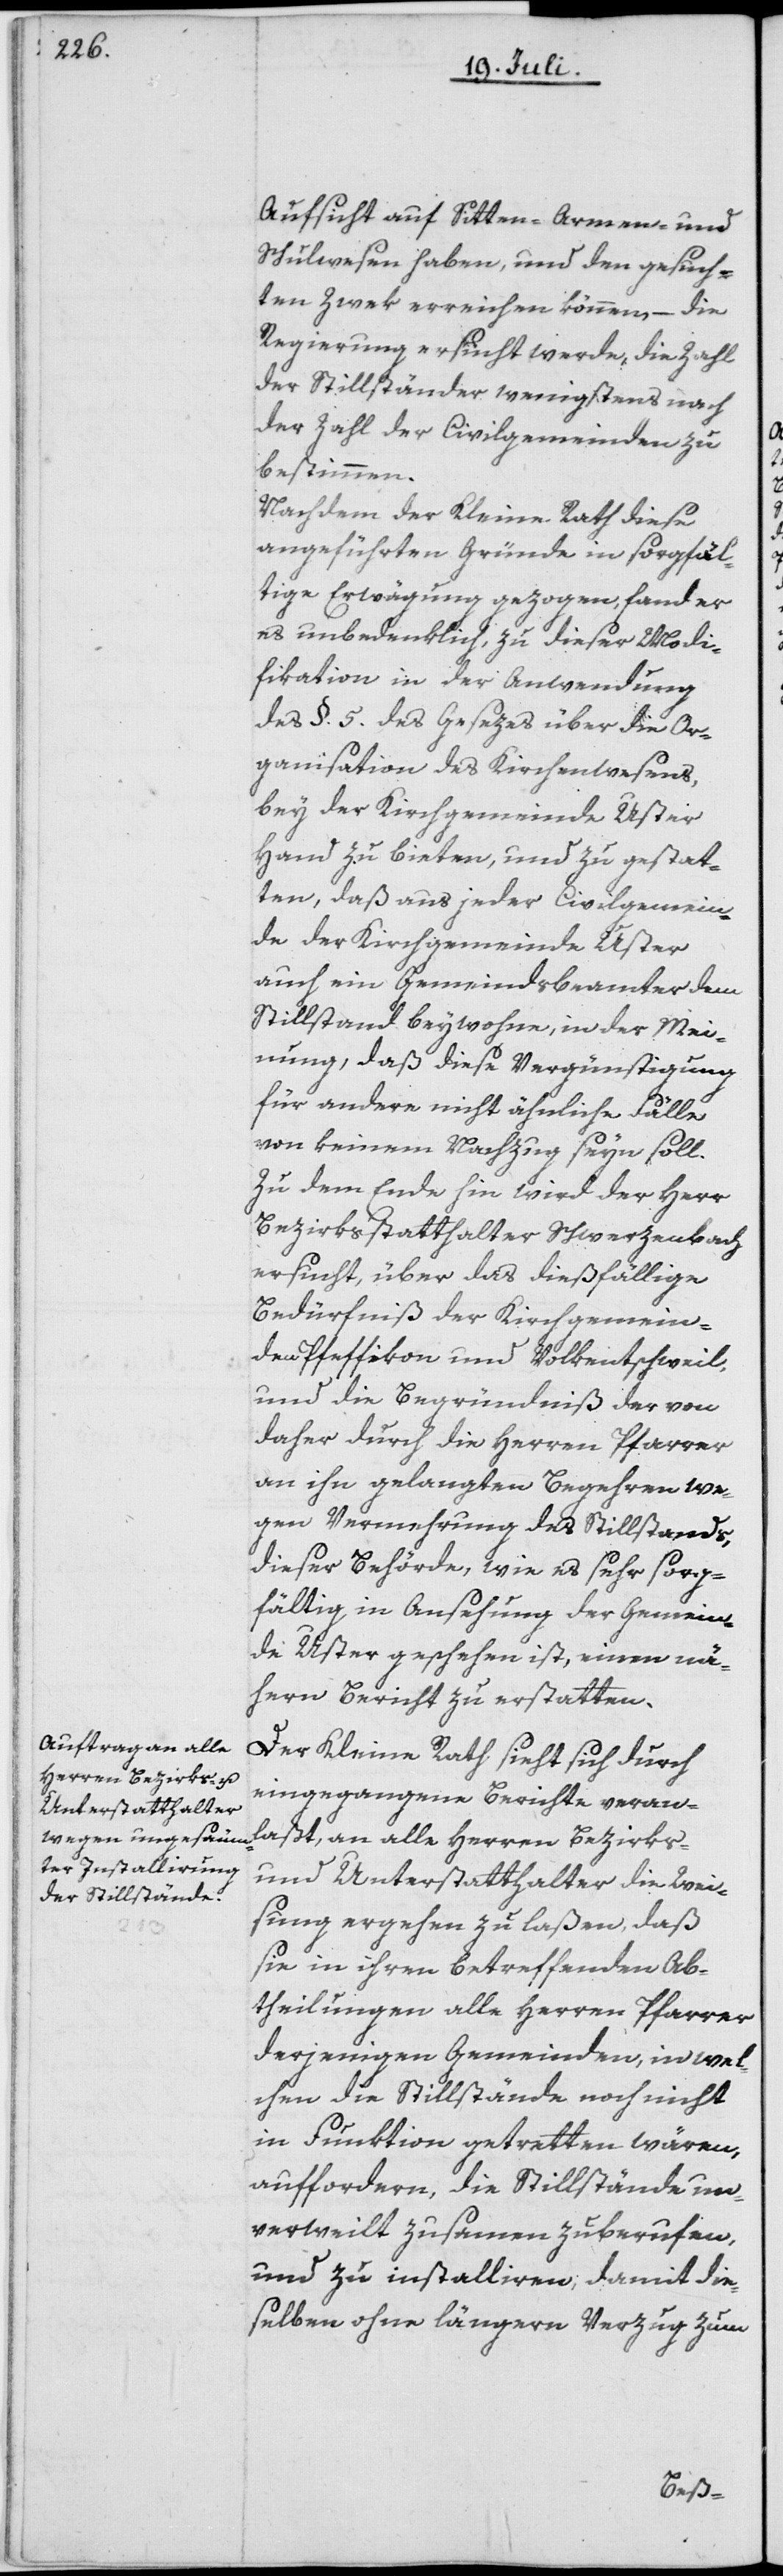
Aufsicht auf Sitten- Armen- und
Schulwesen haben, und den gesuch¬
ten Zwek erreichen können, – die
Regierung ersucht werde, die Zahl
der Stillständer wenigstens nach
der Zahl der Civilgemeinden zu
bestimmen.
Nachdem der Kleine Rath diese
angeführten Gründe in sorgfäl¬
tige Erwägung gezogen, fand er
es unbedenklich, zu dieser Modi¬
fikation in der Anwendung
des §. 5. des Gesezes über die Or¬
ganisation des Kirchenwesens,
bey der Kirchgemeinde Uster
Hand zu bieten, und zu gestat¬
ten, daß aus jeder Civilgemein¬
de der Kirchgemeinde Uster
auch ein Gemeindsbeamter dem
Stillstand beywohne, in der Mei¬
nung, daß diese Vergünstigung
für andere nicht ähnliche Fälle
von keinem Nachzug seyn soll.
Zu dem Ende hin wird der Herr
Bezirksstatthalter Schwerzenbach
ersucht, über das dießfällige
Bedürfniß der Kirchgemein¬
den Pfeffikon und Volkentschweil,
und die Begründniß der von
daher durch die Herren Pfarrer
an ihn gelangten Begehren we¬
gen Vermehrung des Stillstands,
dieser Behörde, wie es sehr sorg¬
fältig in Ansehung der Gemein¬
de Uster geschehen ist, einen nä¬
hern Bericht zu erstatten.
Der Kleine Rath sieht sich durch
eingegangene Berichte veran¬
laßt, an alle Herren Bezirks-
und Unterstatthalter die Wei¬
sung ergehen zu laßen, daß
sie in ihren betreffenden Ab¬
theilungen alle Herren Pfarrer
derjenigen Gemeinden, in wel¬
chen die Stillstände noch nicht
in Funktion getretten wären,
auffordern, die Stillstände un¬
verweilt zusamen zuberufen,
und zu installiren; damit die¬
selben ohne längern Verzug zum